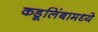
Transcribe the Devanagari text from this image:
कडूलिंबामध्ये